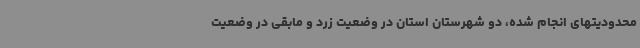
محدودیتهای انجام شده، دو شهرستان استان در وضعیت زرد و مابقی در وضعیت